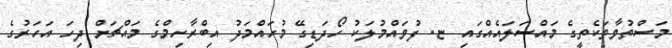
މަސްތުވާތަކެތީގެ މައްސަލައެއްގައި ޏ. ފުވައްމުލަކު ހޯދަޑިގޭ މުހައްމަދު އިބްރާހިމްގެ މައްޗަށް ދިހަ އަހަރުގެ